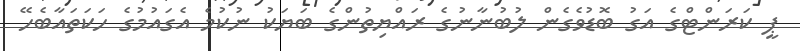
ޕީ ކަރަންޓްގެ އަގު ބޮޑުވެގެން ލުބުނާނުގެ ރައްޔިތުންގެ ބަޔަކު ނުކުމެ އެގައުމުގެ ހަކަތައާބެހޭ